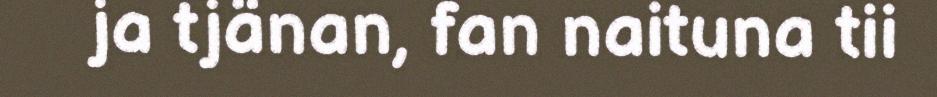
ja tjänan, fan naituna tii